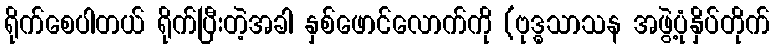
ရိုက်စေပါတယ် ရိုက်ပြီးတဲ့အခါ နှစ်ဖောင်လောက်ကို (ဗုဒ္ဓသာသန အဖွဲ့ပုံနှိပ်တိုက်